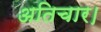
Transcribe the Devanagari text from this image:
अतिचार।